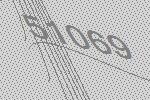
51069